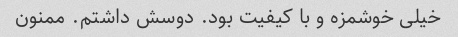
خیلی خوشمزه و با کیفیت بود. دوسش داشتم. ممنون